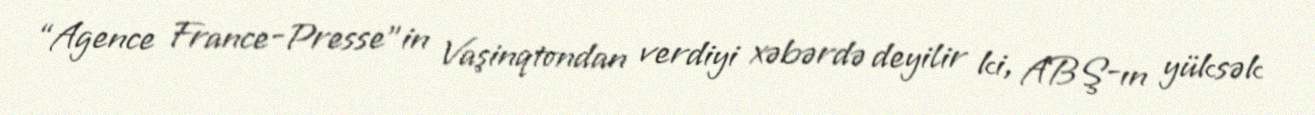
“Agence France-Presse”in Vaşinqtondan verdiyi xəbərdə deyilir ki, ABŞ-ın yüksək